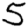
Digit: 5